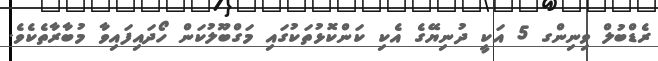
ރެޑްބުލް ވިނިންގ 5 އަކީ ދުނިޔޭގެ އެކި ކަންކޮޅުތަކުގައި މަގްބޫލުކަން ހޯދައިފައިވާ މުބާރާތެކެވެ.